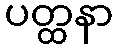
ပတ္ထနာ